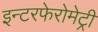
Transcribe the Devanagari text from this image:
इन्टरफेरोमेट्री